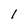
Character: l